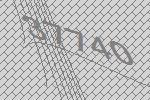
37740